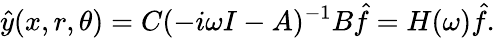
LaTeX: \hat{y}(x,r,\theta)=C(-i\omega I-A)^{-1}B\hat{f}=H(\omega)\hat{f}.